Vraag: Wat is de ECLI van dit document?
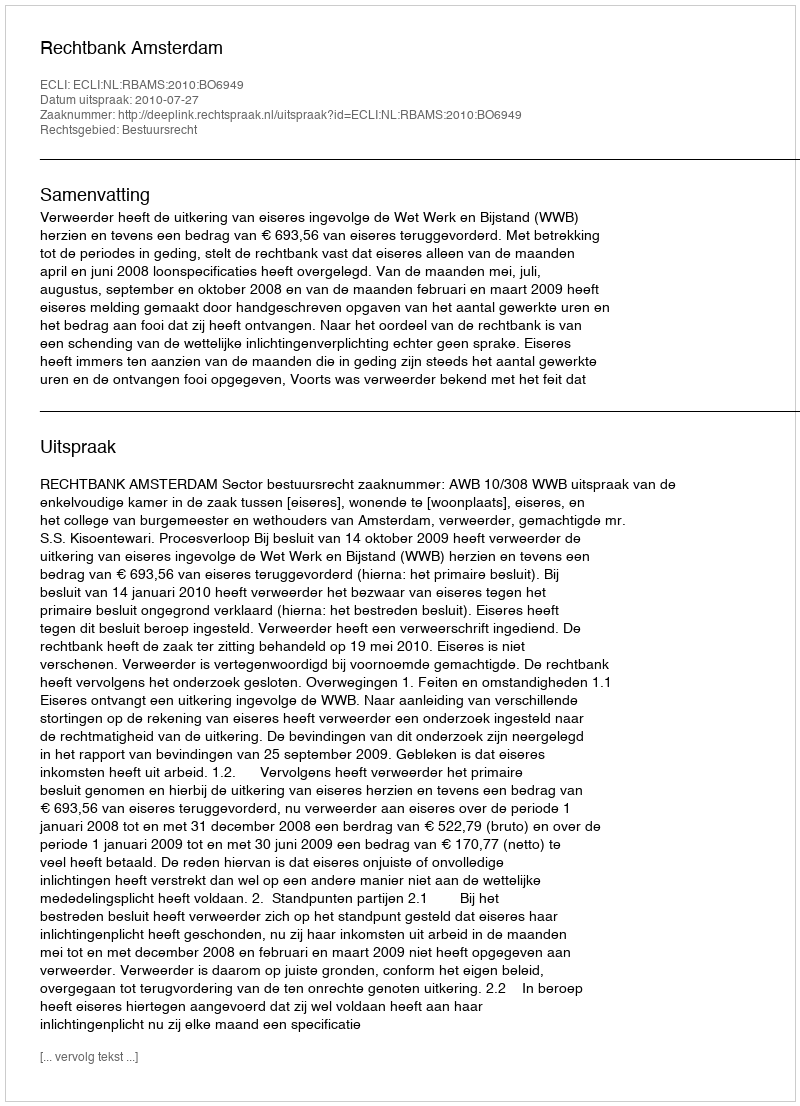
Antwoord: ECLI:NL:RBAMS:2010:BO6949